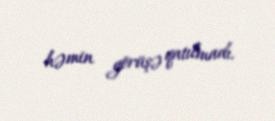
həmin görüşə qatılmadı.